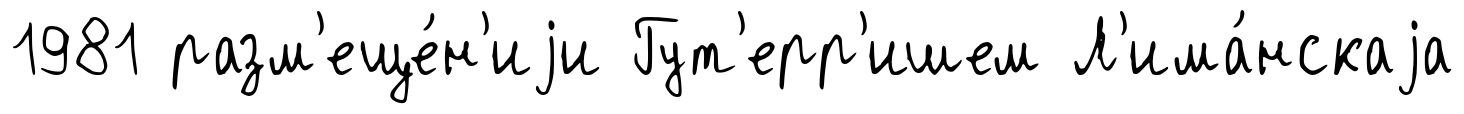
1981 разм'еще́н'иjи Гут'ерр'ишем Л'има́нскаjа